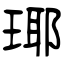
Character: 瑘